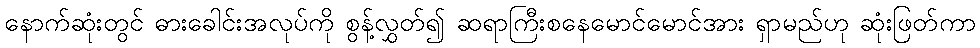
နောက်ဆုံးတွင် ဓားခေါင်းအလုပ်ကို စွန့်လွှတ်၍ ဆရာကြီးစနေမောင်မောင်အား ရှာမည်ဟု ဆုံးဖြတ်ကာ